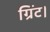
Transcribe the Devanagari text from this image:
ग्रिंट।